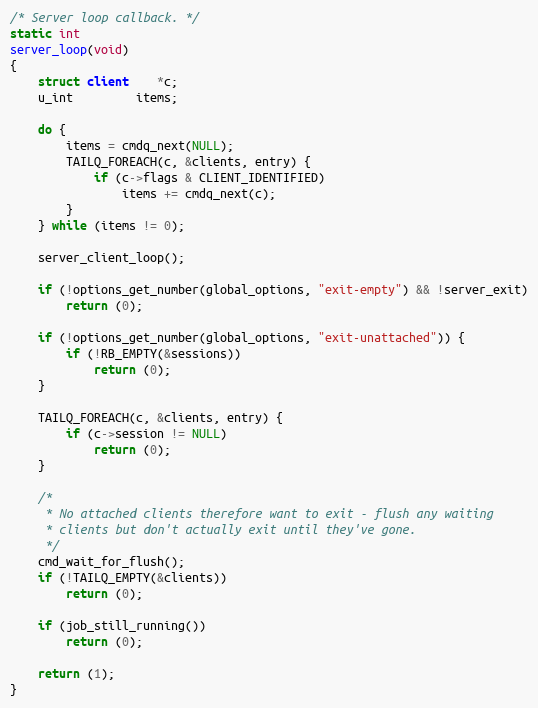
Language: C
/* Server loop callback. */
static int
server_loop(void)
{
	struct client	*c;
	u_int		 items;

	do {
		items = cmdq_next(NULL);
		TAILQ_FOREACH(c, &clients, entry) {
			if (c->flags & CLIENT_IDENTIFIED)
				items += cmdq_next(c);
		}
	} while (items != 0);

	server_client_loop();

	if (!options_get_number(global_options, "exit-empty") && !server_exit)
		return (0);

	if (!options_get_number(global_options, "exit-unattached")) {
		if (!RB_EMPTY(&sessions))
			return (0);
	}

	TAILQ_FOREACH(c, &clients, entry) {
		if (c->session != NULL)
			return (0);
	}

	/*
	 * No attached clients therefore want to exit - flush any waiting
	 * clients but don't actually exit until they've gone.
	 */
	cmd_wait_for_flush();
	if (!TAILQ_EMPTY(&clients))
		return (0);

	if (job_still_running())
		return (0);

	return (1);
}